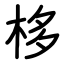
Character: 栘